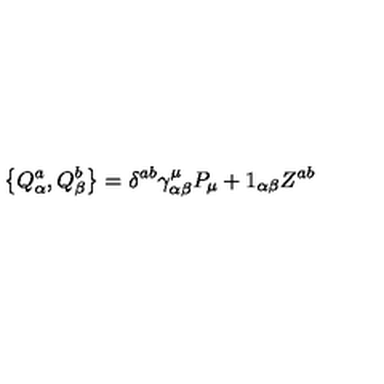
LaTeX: \left\{ Q _ { \alpha } ^ { a } , Q _ { \beta } ^ { b } \right\} = \delta ^ { a b } \gamma _ { \alpha \beta } ^ { \mu } P _ { \mu } + 1 _ { \alpha \beta } Z ^ { a b }